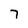
Character: 7